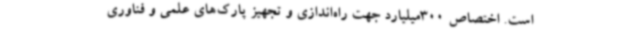
است. اختصاص 300میلیارد جهت راه‌اندازی و تجهیز پارک‌های علمی و فناوری